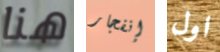
هنا إنفجار اول